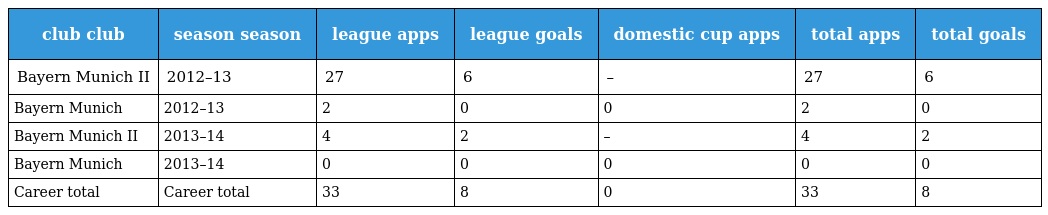
| club club | season season | league apps | league goals | domestic cup apps | total apps | total goals |
 | --- | --- | --- | --- | --- | --- | --- |
 | Bayern Munich II | 2012–13 | 27 | 6 | – | 27 | 6 |
 | Bayern Munich | 2012–13 | 2 | 0 | 0 | 2 | 0 |
 | Bayern Munich II | 2013–14 | 4 | 2 | – | 4 | 2 |
 | Bayern Munich | 2013–14 | 0 | 0 | 0 | 0 | 0 |
 | Career total | Career total | 33 | 8 | 0 | 33 | 8 |